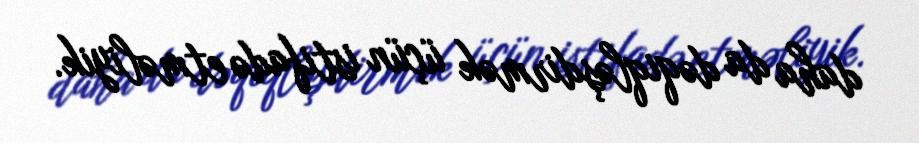
daha da dəqiqləşdirmək üçün istifadə etməliyik.